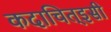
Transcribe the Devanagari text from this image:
कदाचित्‌इसी